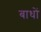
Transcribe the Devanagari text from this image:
बाधों